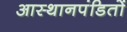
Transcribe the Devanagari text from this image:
आस्थानपंडितों